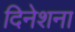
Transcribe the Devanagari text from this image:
दिनेशना